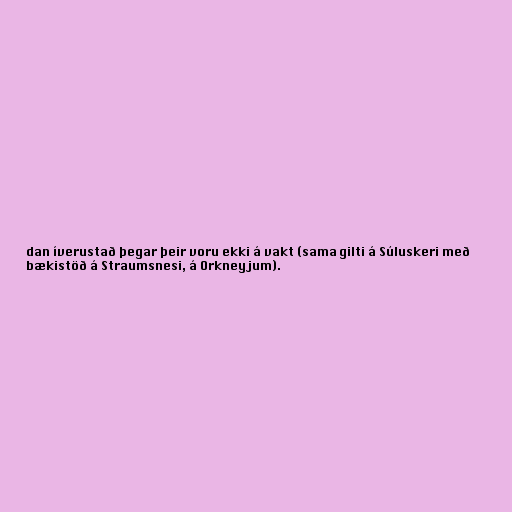
dan íverustað þegar þeir voru ekki á vakt (sama gilti á Súluskeri með
bækistöð á Straumsnesi, á Orkneyjum).